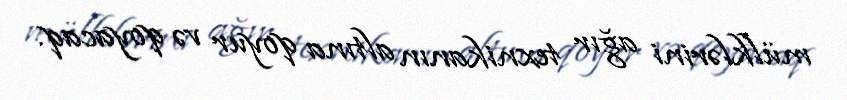
mülklərini ağır texnikanın altına qoyur və qoyacaq.